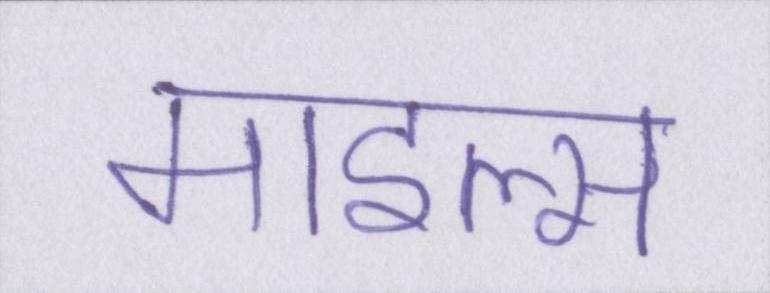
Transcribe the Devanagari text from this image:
माइल्स